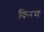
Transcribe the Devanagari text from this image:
किरम